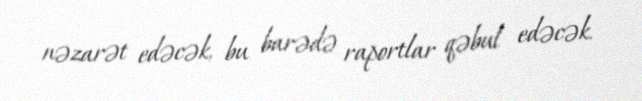
nəzarət edəcək, bu barədə raportlar qəbul edəcək.